Insane asylums in Bengal annual reports 1876-1887 - 1876-1887
Year: 1876
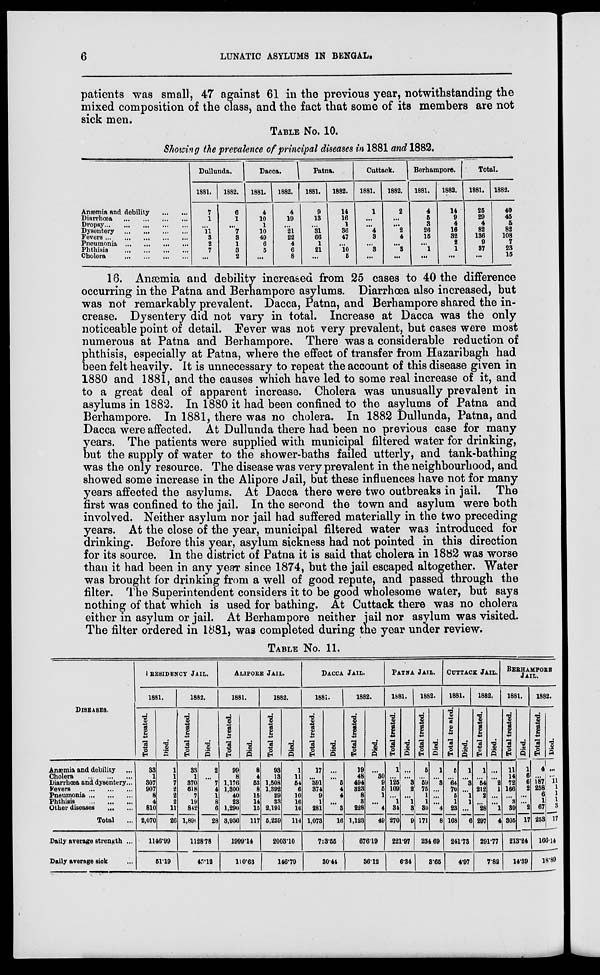
6
LUNATIC ASYLUMS IN BENGAL.
patients was small, 47 against 61 in the previous year, notwithstanding the
mixed composition of the class, and the fact that some of its members are not
sick men.
TABLE NO. 10.
Showing the prevalence of principal diseases in 1881 and 1882.
Anæmia and debility
...
...
Diarrhœa
...
...
...
...
Dropsy ... ... ... ... ...
Dysentery
...
...
...
...
Fevers ... ... ... ... ...
Pneumonia
...
...
...
...
Phthisis
...
...
...
...
Cholera
...
...
...
...
Dullunda.
1981.
7
1
...
11
3
2
7
...
1882.
6
1
...
7
3
1
3
2
Dacca.
1881.
4
10
1
10
49
6
5
...
1882.
4
19
...
21
22
4
6
8
Patna.
1881.
9
13
...
31
66
1
21
...
1882.
14
16
1
36
47
...
10
5
Cuttack.
1881. 1882.
1
...
...
4
3
...
3
...
2
...
...
2
4
...
3
...
Berhampore.
1881.
4
5
3
26
15
...
1
...
1882.
14
9
4
16
32
2
1
...
Total.
1881.
25
29
4
82
136
9
37
...
1882.
40
45
5
82
108
7
23
15
16. Anæmia and debility increased from 25 cases to 40 the difference
occurring in the Patna and Berhampore asylums. Diarrhœa also increased, but
was not remarkably prevalent. Dacca, Patna, and Berhampore shared the in-
crease. Dysentery did not vary in total. Increase at Dacca was the only
noticeable point of detail. Fever was not very prevalent, but cases were most
numerous at Patna and Berhampore. There was a considerable reduction of
phthisis, especially at Patna, where the effect of transfer from Hazaribagh had
been felt heavily. It is unnecessary to repeat the account of this disease given in
1880 and 1881, and the causes which have led to some real increase of it, and
to a great deal of apparent increase. Cholera was unusually prevalent in
asylums in 1882. In 1880 it had been confined to the asylums of Patna and
Berhampore. In 1881, there was no cholera. In 1882 Dullunda, Patna, and
Dacca were affected. At Dullunda there had been no previous case for many
years. The patients were supplied with municipal filtered water for drinking,
but the supply of water to the shower-baths failed utterly, and tank-bathing
was the only resource. The disease was very prevalent in the neighbourhood, and
showed some increase in the Alipore Jail, but these influences have not for many
years affected the asylums. At Dacca there were two outbreaks in jail. The
first was confined to the jail. In the second the town and asylum were both
involved. Neither asylum nor jail had suffered materially in the two preceding
years. At the close of the year, municipal filtered water was introduced for
drinking. Before this year, asylum sickness had not pointed in this direction
for its source. In the district of Patna it is said that cholera in 1882 was worse
than it had been in any year since 1874, but the jail escaped altogether. Water
was brought for drinking from a well of good repute, and passed through the
filter. The Superintendent considers it to be good wholesome water, but says
nothing of that which is used for bathing. At Cuttack there was no cholera
either in asylum or jail. At Berhampore neither jail nor asylum was visited.
The filter ordered in 1881, was completed during the year under review.
TABLE No. 11.
DISEASES.
Anæmia and debility ...
Cholera
...
...
...
Diarrhœa and dysentery ...
Fevers
...
...
...
Pneumonia ... ... ...
Phthisis
...
...
...
Other diseases
... ...
Total ...
Daily average strength ...
Daily average sick ...
RESIDENCY JAIL.
1881.
Total treated.
33
1
307
907
8
4
810
2,070
Died.
1
1
7
2
2
2
11
26
1146.99
51.19
1882.
Total treated.
33
1
370
618
7
19
842
1,890
Died.
2
...
7
4
1
8
6
28
1128.78
45.12
ALIPORE JAIL.
1881.
Total treated.
99
8
1,176
1,300
40
23
1,290
3,936
Died.
8
4
53
8
15
14
15
117
1999.14
110.63
1882.
Total treated.
93
13
1,508
1,392
29
33
2,191
5,259
Died.
1
11
54
6
10
16
16
114
2003.10
146.79
DACCA JAIL.
1881.
Total treated.
17
...
391
374
9
1
281
1,073
Died.
...
...
5
4
4
...
3
16
723.55
30.44
1882.
Total treated.
19
48
494
323
8
3
228
1,123
Died.
...
30
9
5
1
...
4
49
676.19
36.12
PATNA JAIL.
1881.
Total treated.
1
...
125
109
...
1
34
270
Died.
...
...
3
2
...
1
3
9
221.97
6.34
1882.
Total treated.
5
...
59
75
1
1
30
171
Died.
1
...
3
...
...
...
4
8
234.69
3.65
CUTTACK JAIL.
1881.
Total treated.
5
...
64
70
5
1
23
168
Died.
1
...
3
...
1
1
...
6
241.73
4.97
1882.
Total treated.
1
...
54
212
2
...
28
297
Died.
...
...
2
1
...
...
1
4
291.77
7.82
BERHAMPORE
JAIL.
1881.
Total treated.
11
14
72
166
...
3
39
305
Died.
1
6
6
2
...
...
2
17
213.24
14.39
1882.
Total treated.
4
...
187
258
6
1
67
253
Died.
...
...
11 1
1
1
3
17
166.14
18.89